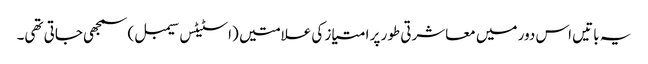
یہ باتیں اس دور میں معاشرتی طور پر امتیاز کی علامتیں (اسٹیٹس سیمبل) سمجھی جاتی تھی۔